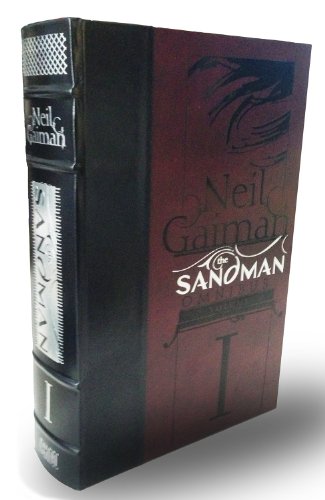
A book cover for The Sandman Omnibus Vol. 1; Neil Gaiman; Comics & Graphic Novels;